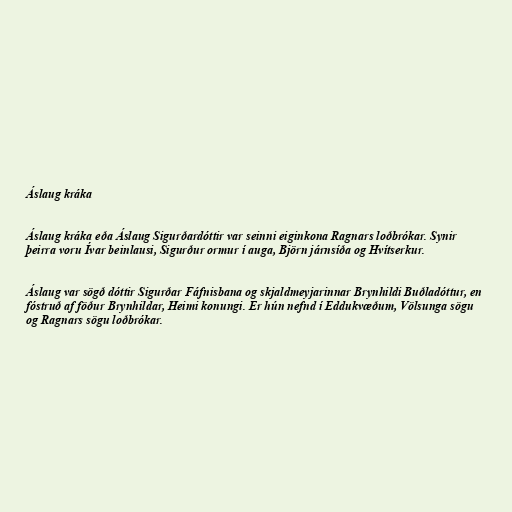
Áslaug kráka

Áslaug kráka eða Áslaug Sigurðardóttir var seinni eiginkona Ragnars loðbrókar. Synir
þeirra voru Ívar beinlausi, Sigurður ormur í auga, Björn járnsíða og Hvítserkur.

Áslaug var sögð dóttir Sigurðar Fáfnisbana og skjaldmeyjarinnar Brynhildi Buðladóttur, en
fóstruð af föður Brynhildar, Heimi konungi. Er hún nefnd í Eddukvæðum, Völsunga sögu
og Ragnars sögu loðbrókar.